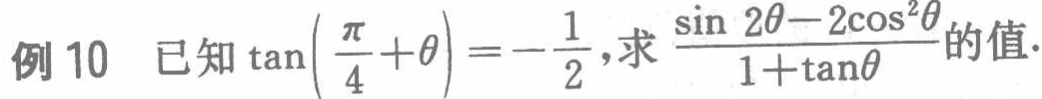
例10 已知$\tan\left(\frac{\pi}{4}+\theta\right)=-\frac{1}{2}$,求$\frac{\sin 2\theta - 2\cos^{2}\theta}{1 + \tan\theta}$的值.